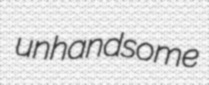
unhandsome